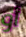
أو